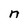
Character: n